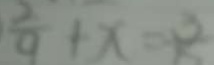
\frac { 2 } { 9 } + x = 3